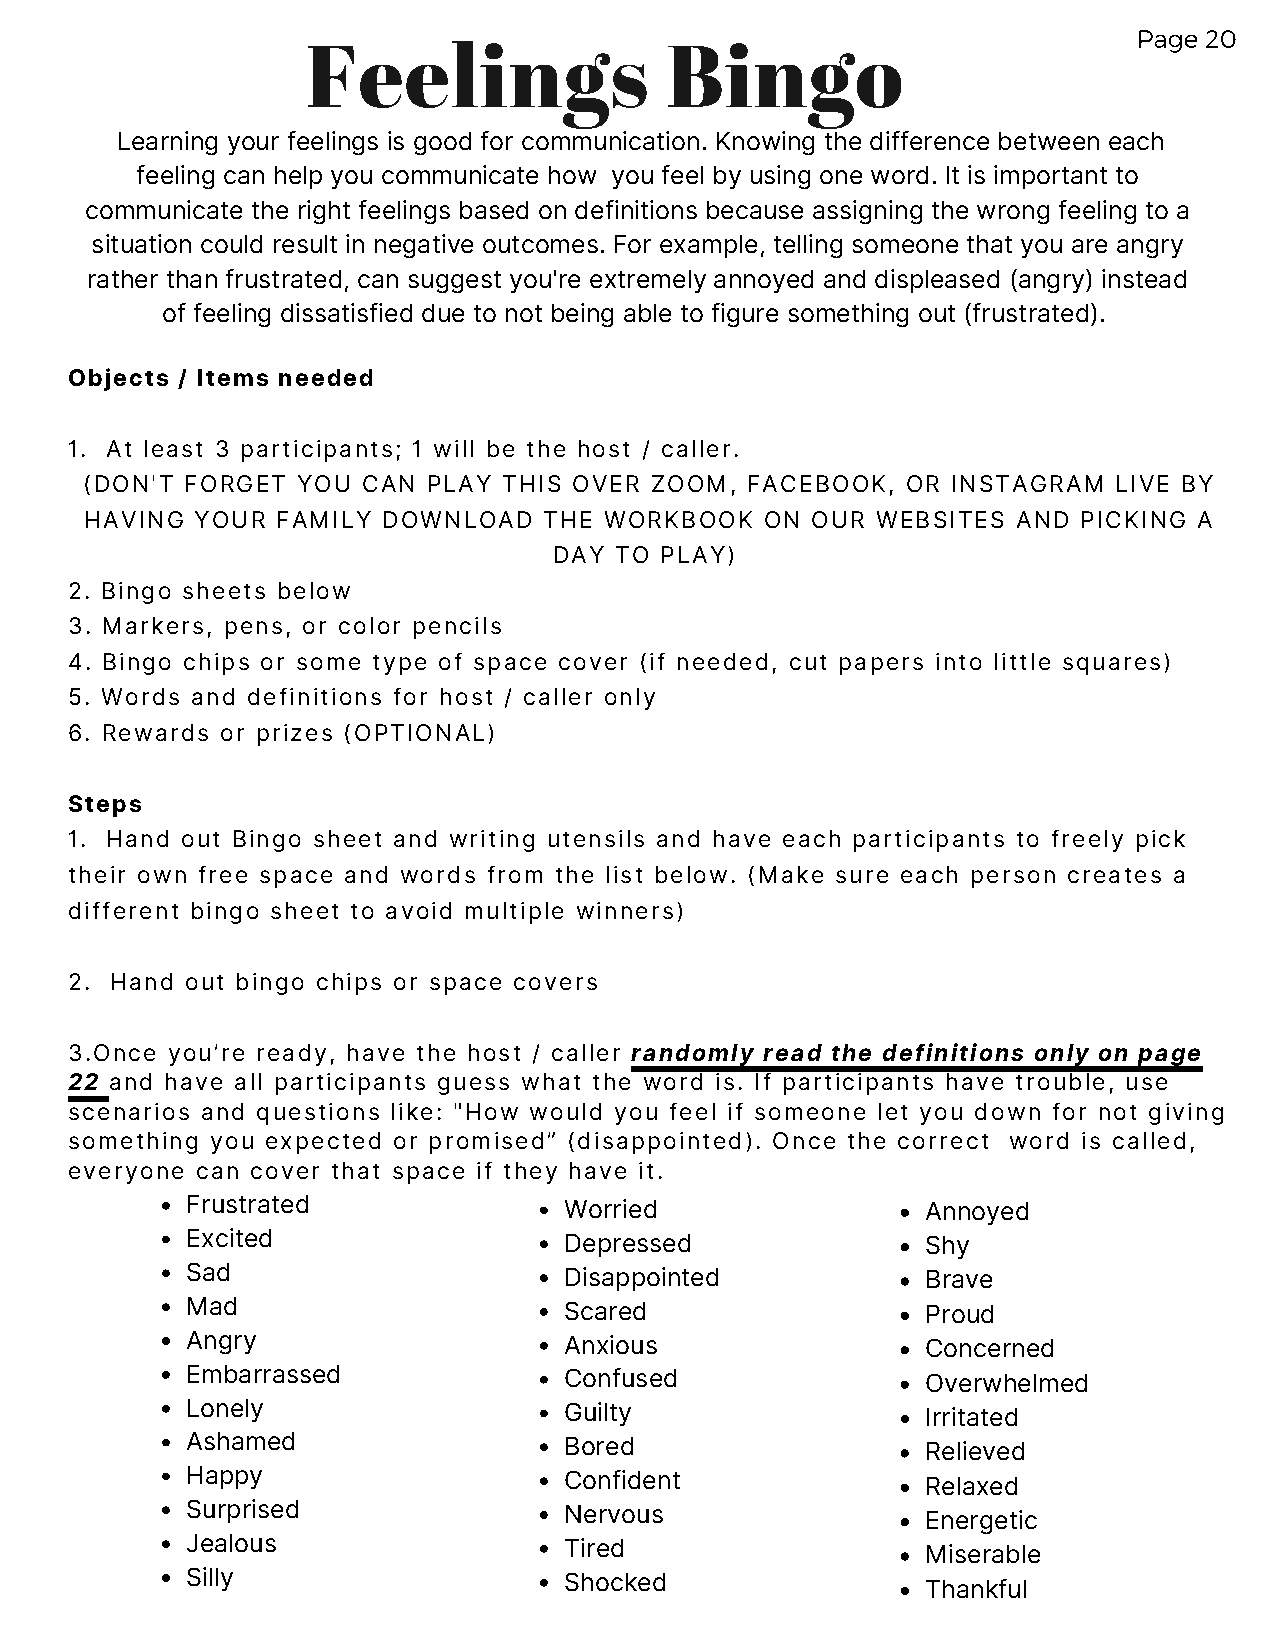
Page 20
 Feelings                Bingo
 Learning your feelings is good for communication. Knowing the difference between each
 feeling can help you communicate how you feel by using one word. It is important to
 communicate the right feelings based on definitions because assigning the wrong feeling to a
 situation could result in negative outcomes. For example, telling someone that you are angry
 rather than frustrated, can suggest you're extremely annoyed and displeased (angry) instead
 of feeling dissatisfied due to not being able to figure something out (frustrated).
 Objects / Items needed
 1. At least 3 participants; 1 will be the host / caller.
 (DON'T FORGET YOU CAN PLAY THIS OVER ZOOM, FACEBOOK,  OR INSTAGRAM  LIVE BY
 HAVING YOUR FAMILY DOWNLOAD   THE WORKBOOK   ON OUR WEBSITES AND  PICKING A
 DAY TO PLAY)
 2. Bingo sheets below
 3. Markers, pens, or color pencils
 4. Bingo chips or some type of space cover (if needed, cut papers into little squares)
 5. Words and definitions for host / caller only
 6. Rewards or prizes (OPTIONAL)
 Steps
 1. Hand out Bingo sheet and writing utensils and have each participants to freely pick
 their own free space and words from the list below. (Make sure each person creates a
 different bingo sheet to avoid multiple winners)
 2. Hand out bingo chips or space covers
 3.Once you’re ready, have the host / caller randomly read the definitions only on page
 22 and have all participants guess what the word is. If participants have trouble, use
 scenarios and questions like: "How would you feel if someone let you down for not giving
 something you expected or promised” (disappointed). Once the correct word is called,
 everyone can cover that space if they have it.
 Frustrated               Worried                 Annoyed
 Excited                  Depressed               Shy
 Sad                      Disappointed            Brave
 Mad                      Scared                  Proud
 Angry                    Anxious                 Concerned
 Embarrassed              Confused                Overwhelmed
 Lonely                   Guilty                  Irritated
 Ashamed                  Bored                   Relieved
 Happy                    Confident               Relaxed
 Surprised                Nervous                 Energetic
 Jealous                  Tired
 Miserable
 Silly                    Shocked
 Thankful